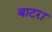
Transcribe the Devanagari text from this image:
बाटरा